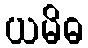
ယမိဓ